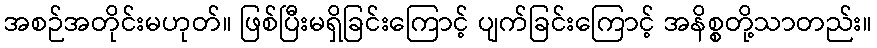
အစဉ်အတိုင်းမဟုတ်။ ဖြစ်ပြီးမရှိခြင်းကြောင့် ပျက်ခြင်းကြောင့် အနိစ္စတို့သာတည်း။